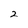
Character: 2